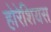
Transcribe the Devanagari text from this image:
होरेशियस